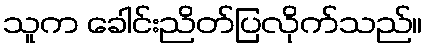
သူက ခေါင်းညိတ်ပြလိုက်သည်။